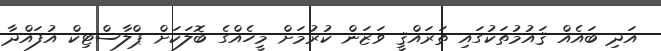
އަދި ބައެއް ޤައުމުތަކުގައި ތަރައްޤީ ވަޒަން ކުރުމަށް މީހެއްގެ ބޮލަކަށް ޕްލާސްޓިކް އުފައްދާ